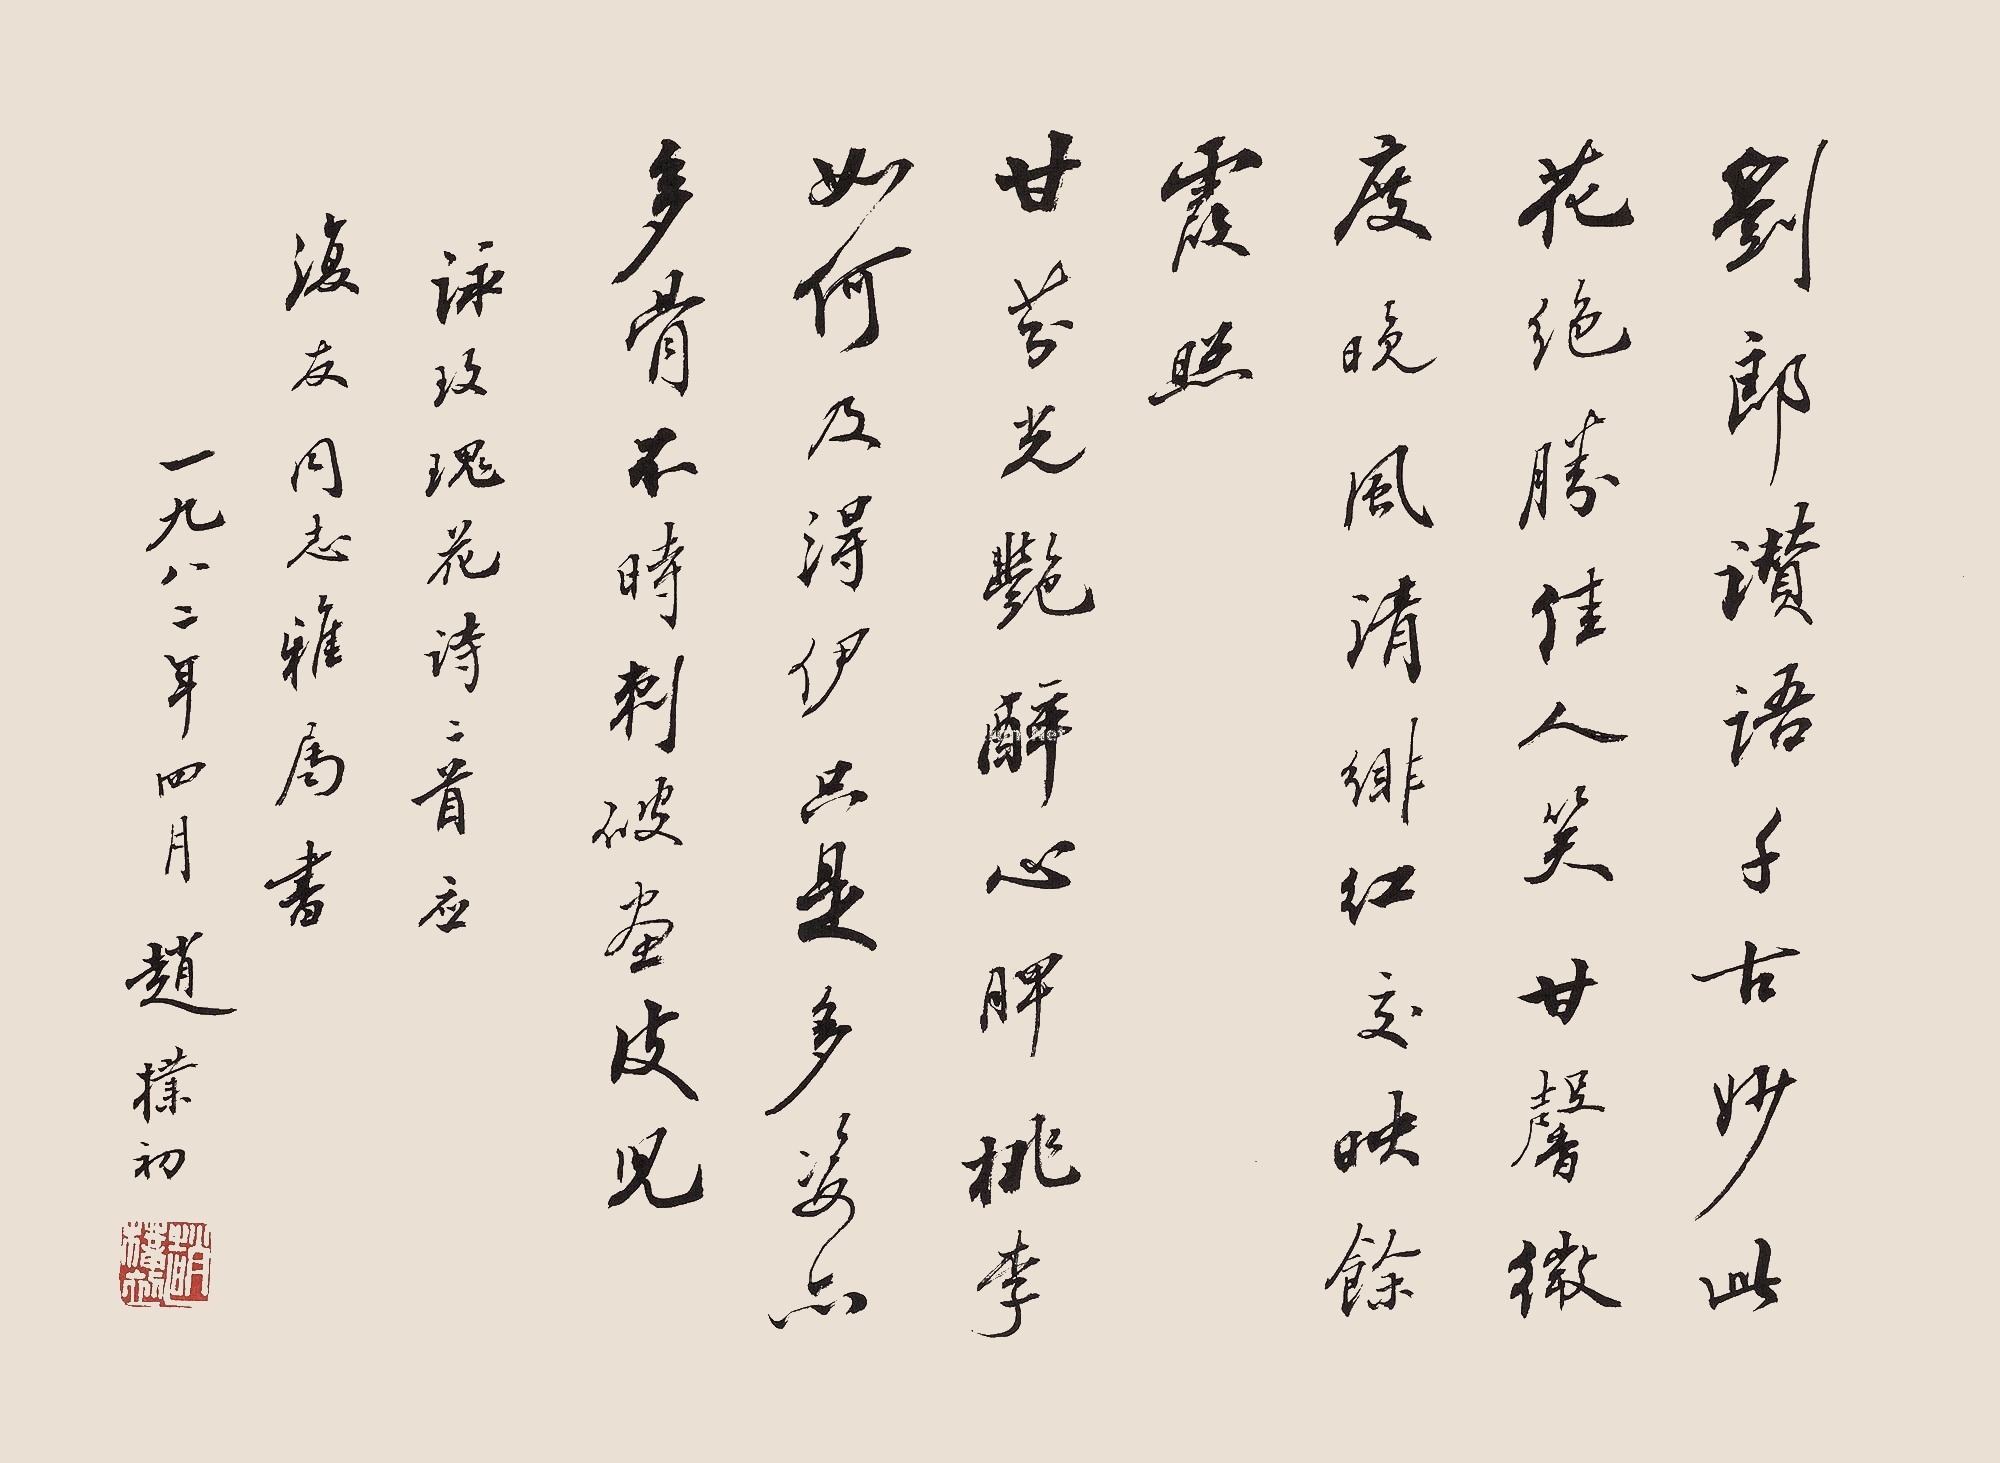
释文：刘郎赞语千古妙，此花绝胜佳人笑。甘馨微度晚风清，绯红交映余霞照。甘芬光艳醉心脾，桃李如何及得伊。只是多姿亦多骨，不时刺破画皮儿。咏玫瑰花诗二首，应复友同志雅属书。一九八二年四月赵朴初。